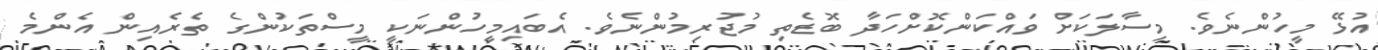
އުޅޭ މީހުންނެވެ. މިސާލަކަށް ވައްކަންކޮށްހަދާ ބޮޑެތި މުޖުރިމުންނެވެ. އެބައިމީހުންނަކީ މީސްތަކުންގެ ތެރެއިން އެންމެ